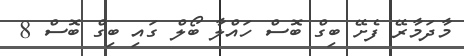
މާދަމާރޭ ފެށޭ ބިގް ބޮސް ހައްލާ ބޯލް ގައި ބިގް ބޮސް 8